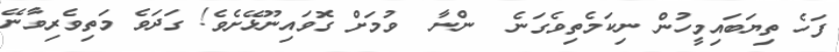
ފަހެ ތިޔަބައިމީހުން ނިކަމެތިވެގަނެ  ންނާ  ވުމަށް ގޮވައިނޫޅޭށެވެ! ގަދަވެ މަތިވެރިވާނޭ